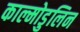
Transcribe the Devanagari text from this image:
काल्मोडुलिन